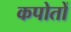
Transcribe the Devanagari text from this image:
कपोतों